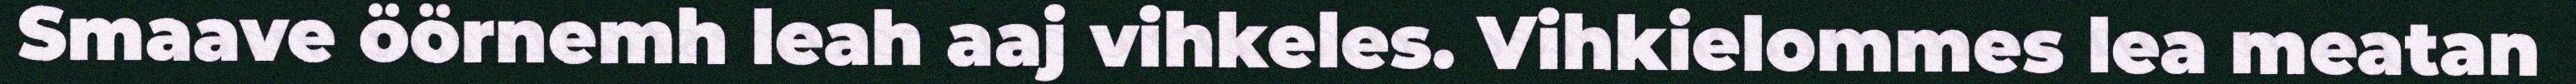
Smaave öörnemh leah aaj vihkeles. Vihkielommes lea meatan